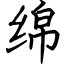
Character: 绵